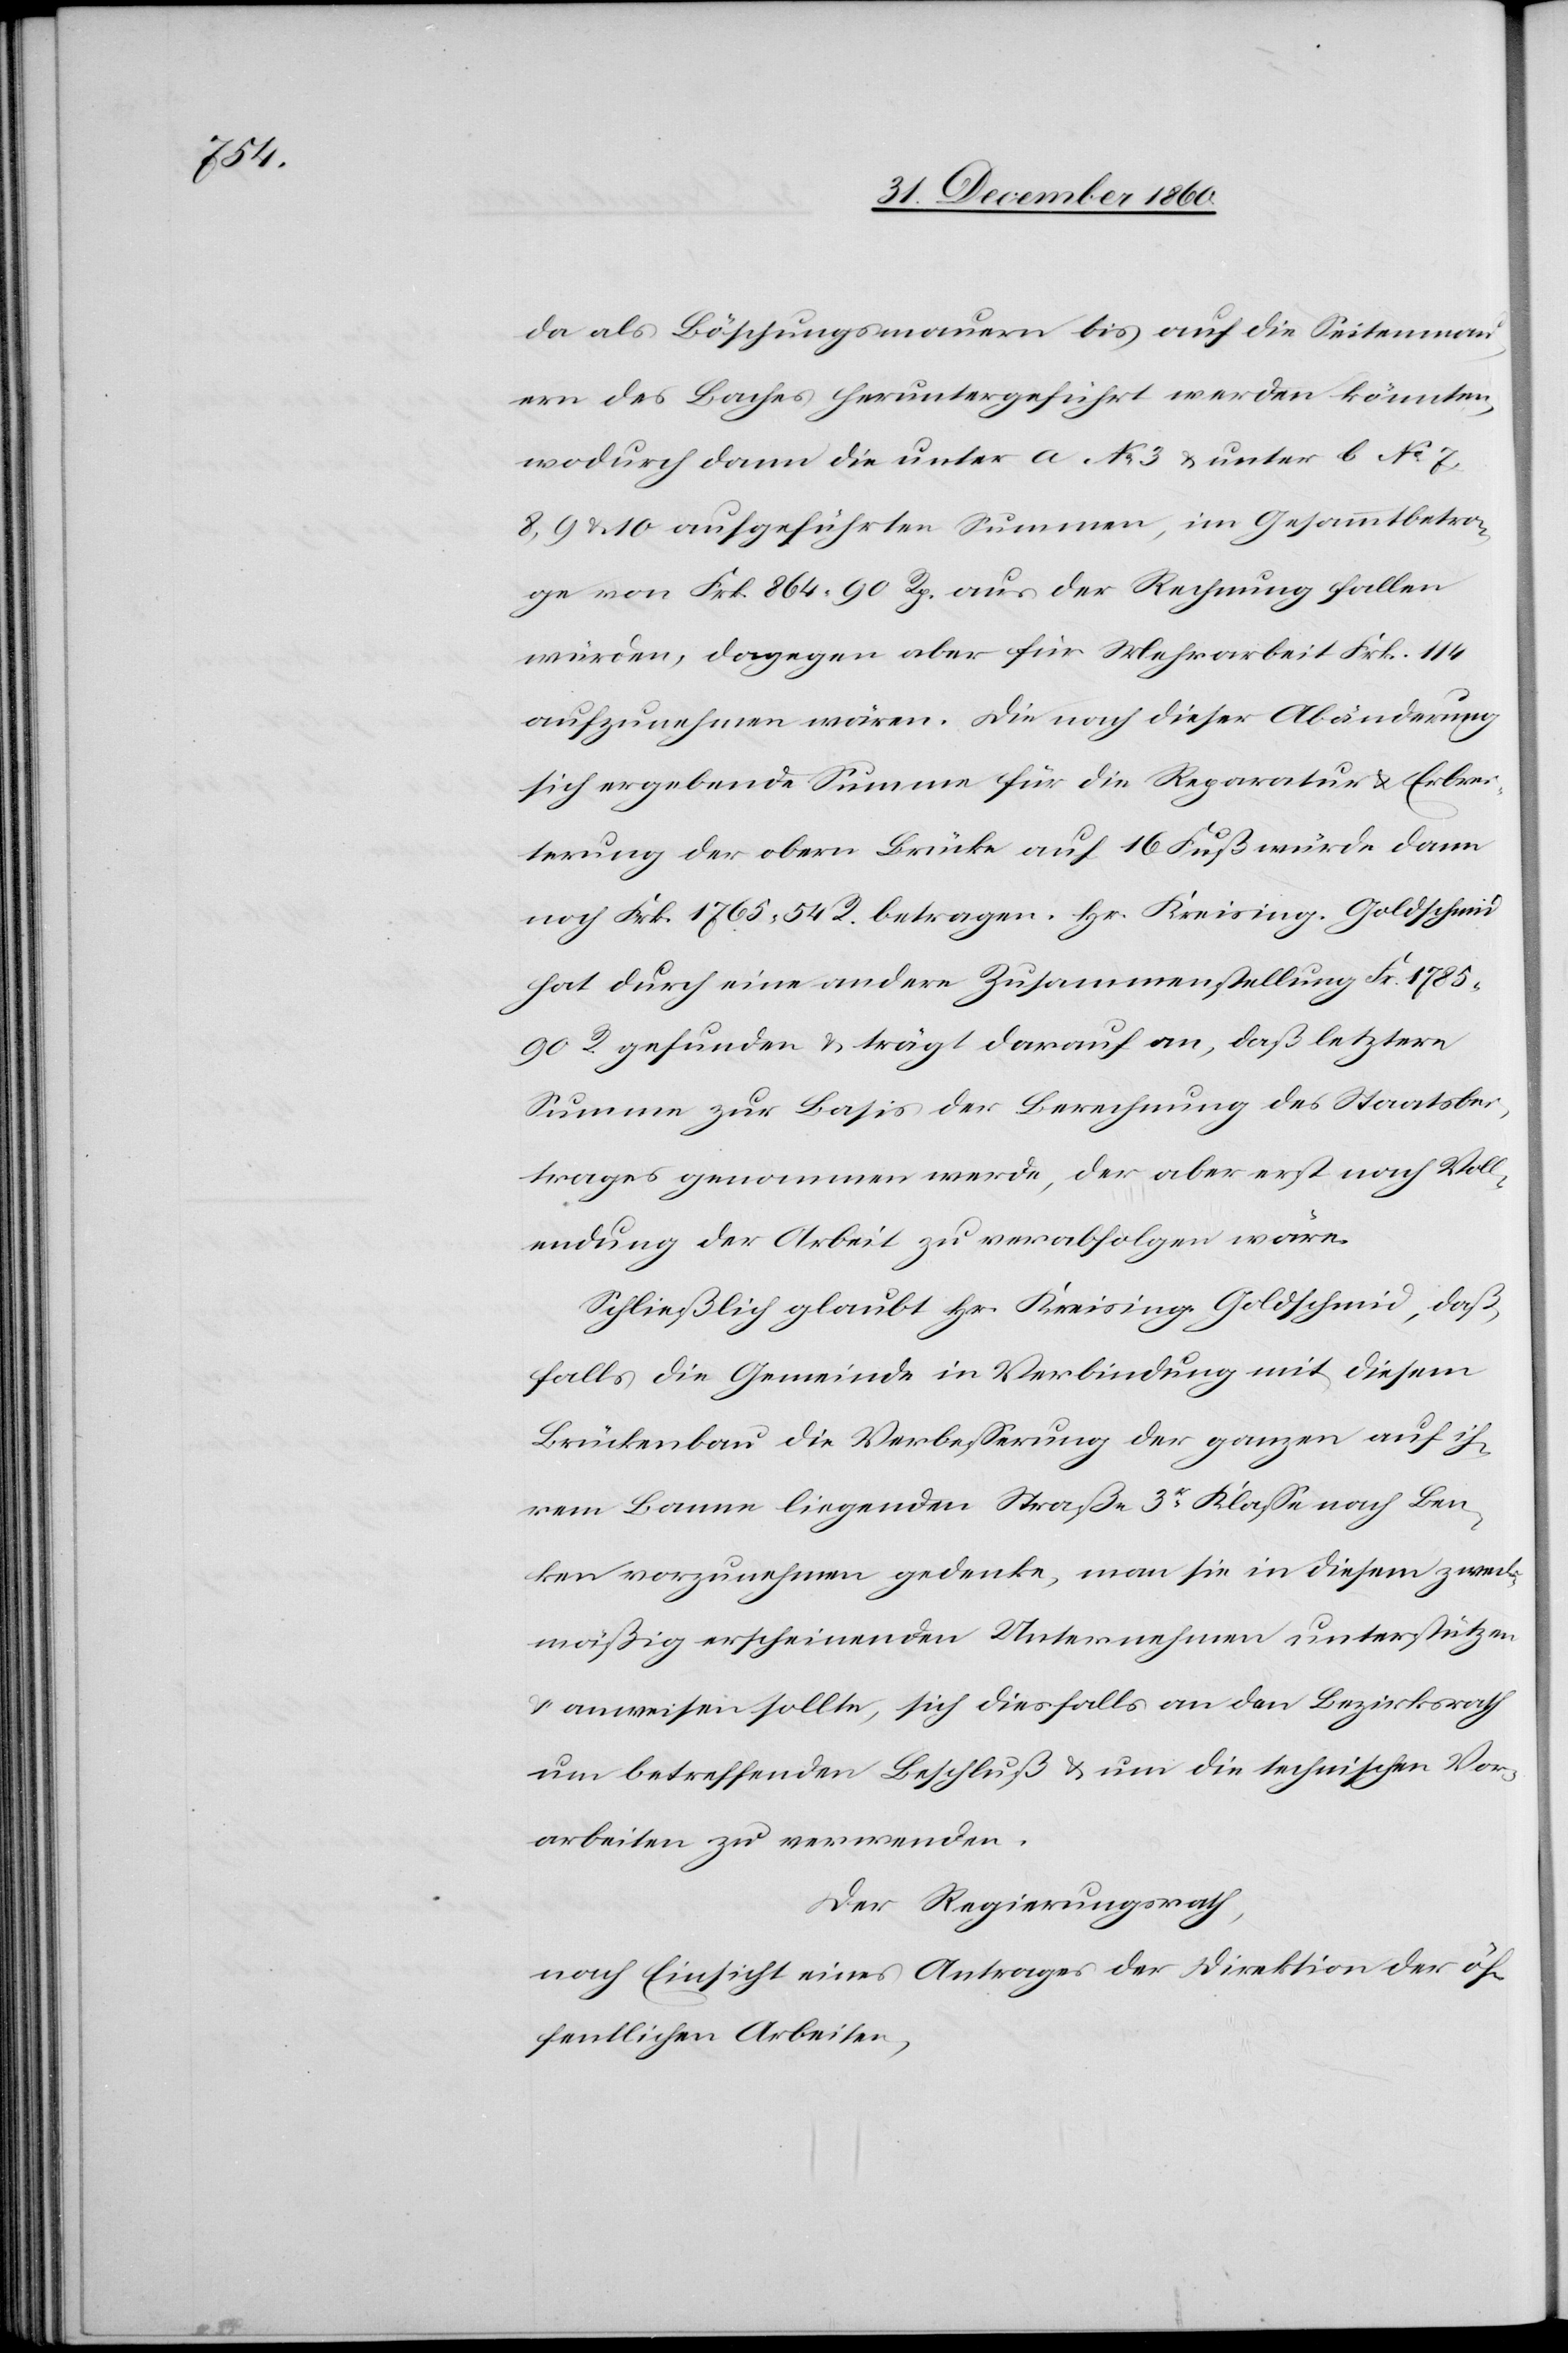
da als Böschungsmauern bis auf die Seitenmau¬
ern des Baches heruntergeführt werden könnten,
wodurch dann die unter a No 3 u. unter b No 7,
8, 9, u. 10 aufgeführten Summen, im Gesammtbetra¬
ge von Frk. 864 90 Rp. aus der Rechnung fallen
würden, dagegen aber für Mehrarbeit Frk. 114
aufzunehmen wären. Die nach dieser Abänderung
sich ergebende Summe für die Reparatur u. Erbrei¬
terung der obern Brücke auf 16 Fuß würde dann
noch Frk. 1765 54 R. betragen. Hr. Kreising. Goldschmid
hat durch eine andere Zusammenstellung Fr. 1785
90 R. gefunden u. trägt darauf an, daß letztere
Summe zur Basis der Berechnung des Staatsbei¬
trages genommen werde, der aber erst nach Voll¬
endung der Arbeit zu verabfolgen wäre.
Schließlich glaubt Hr. Kreising. Goldschmid, daß,
falls die Gemeinde in Verbindung mit diesem
Brückenbau die Verbesserung der ganzen auf ih¬
rem Banne liegenden Straße 3r Klasse nach Ben¬
ken vorzunehmen gedenke, man sie in diesem zweck¬
mäßig erscheinenden Unternehmen unterstützen
u. anweisen sollte, sich diesfalls an den Bezirksrath
um betreffenden Beschluß u. um die technischen Vor¬
arbeiten zu verwenden.
Der Regierungsrath,
nach Einsicht eines Antrages der Direktion der öf¬
fentlichen Arbeiten,